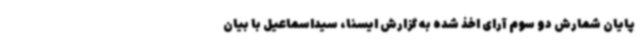
پایان شمارش دو سوم آرای اخذ شده به گزارش ایسنا، سیداسماعیل با بیان